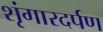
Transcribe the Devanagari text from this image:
शृंगारदर्पण